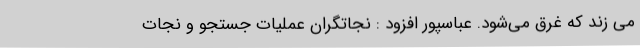
می زند که غرق می‌شود. عباسپور افزود : نجاتگران عملیات جستجو و نجات